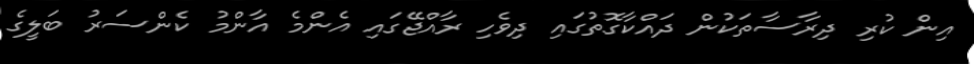
އިން ކުރި ދިރާސާތަކުން ދައްކާގޮތުގައި ދިވެހި ރާއްޖޭގައި އެންމެ އާންމު ކެންސަރު ބަލީގެ